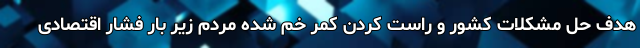
هدف حل مشکلات کشور و راست کردن کمر خم شده مردم زیر بار فشار اقتصادی